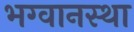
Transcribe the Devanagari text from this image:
भग्वानस्था